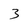
Character: 3